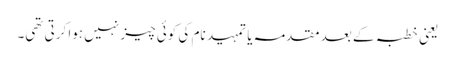
یعنی خطبہ کے بعد مقدمہ یا تمہید نام کی کوئی چیز نہیں ہوا کرتی تھی۔